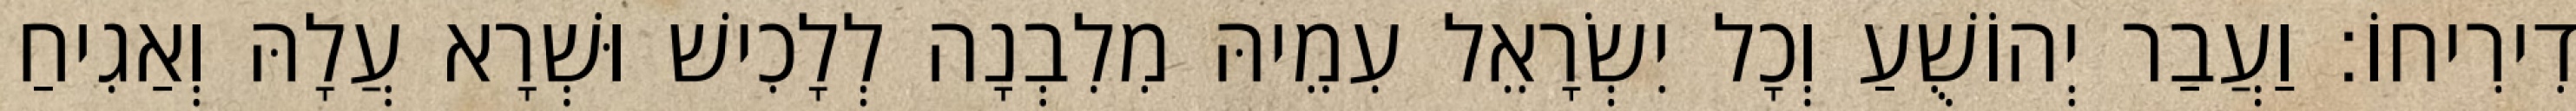
דִירִיחוֹ׃ וַעֲבַר יְהוֹשֻׁעַ וְכָל יִשְׂרָאֵל עִמֵיהּ מִלִבְנָה לְלָכִישׁ וּשְׁרָא עֲלָהּ וְאַגִיחַ